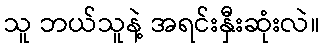
သူ ဘယ်သူနဲ့ အရင်းနှီးဆုံးလဲ။